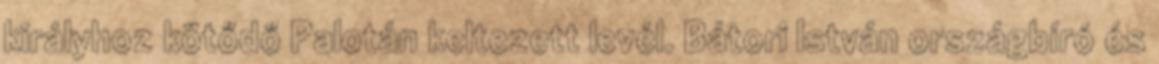
királyhoz kötődő Palotán keltezett levél. Bátori István országbíró és